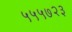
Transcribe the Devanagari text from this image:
५५५७२३